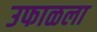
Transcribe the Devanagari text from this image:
उफाळला